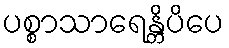
ပစ္စာသာရေန္တိပိပေ